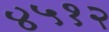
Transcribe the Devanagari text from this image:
४५१२